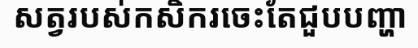
សត្វរបស់កសិករចេះតែជួបបញ្ហា